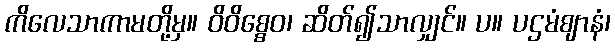
ကိလေသာကာမတို့မှ။ ဝိဝိစ္စေဝ၊ ဆိတ်၍သာလျှင်။ ပ။ ပဌမံဈာနံ၊